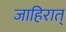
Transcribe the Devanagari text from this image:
जाहिरात्